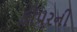
કીપરની